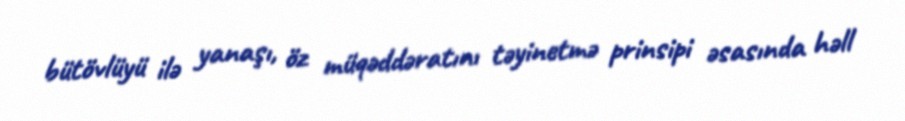
bütövlüyü ilə yanaşı, öz müqəddəratını təyinetmə prinsipi əsasında həll